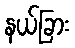
နယ်ခြား